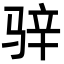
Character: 骍